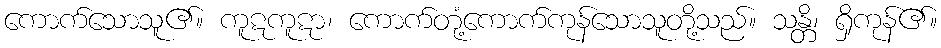
ကောက်သောသူ၏။ ကူဋကူဋာ၊ ကောက်တုံ့ကောက်ကုန်သောသူတို့သည်။ သန္တိ၊ ရှိကုန်၏။